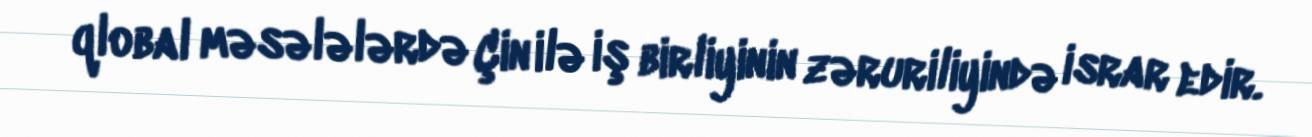
qlobal məsələlərdə Çin ilə iş birliyinin zəruriliyində israr edir.